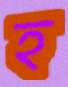
হ